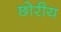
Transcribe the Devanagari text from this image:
छोरीय